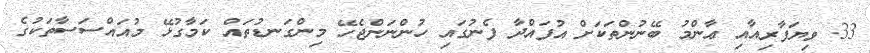
33. ވިޔަފާރިއާއި ޢާންމު ބޭނުންތަކަށް އުފައްދާ ފެނުގައި ހުންނަންޖެހޭ މިންގަނޑުތައް ކަމާގުޅޭ މުއައްސަސާތަކުގެ